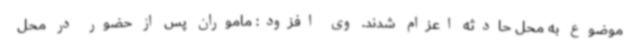
موضوع به محل حادثه اعزام شدند. وی افزود: ماموران پس از حضور در محل